Statistical return of the lunatic asylum in Assam - 1912-1932
Year: 1912
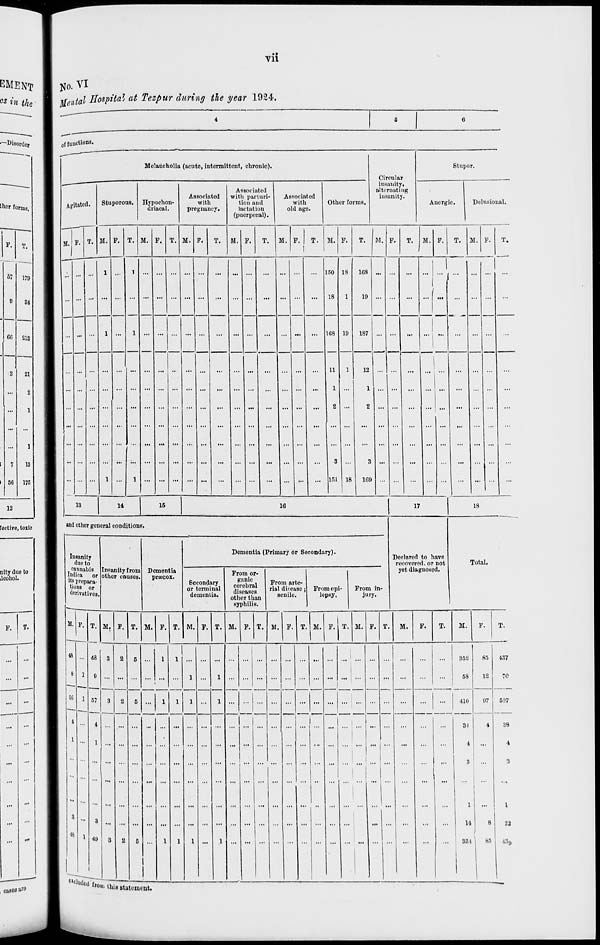
vii
city due to
lcohol.
F. T.
•M
No. VI
Mental Hospital at Tczpur during the year 1924.
0 f functions.
~——
Mclancholiu (acute, intermittent, clironic).
Stupor.
Circulor
insanity,
alternating
insanity.
ml.
Agitated.
Stuporous. Hypochon-
driacal.
Associated
with
pregnancy.
Associated
witli parturi-
tion and
lactation
(puerperal).
Associated
with
old age.
Other forms.
Anergic.
Delusioi
M. F. T. M. F. T. M. F. T. M. F.
T.
M. F.
T.
M. F.
T. M. F
T.
M. F.
T.
M. F.
T. M. F.
T.
... ...
1
...
1
... ... ...
...
...
...
...
...
...
_
150 11
18
»
168
1
10
... ...
...
'
1
'"I ... ... ... ...
...
1 ...
1 ... ...
... ...
...
... ...
...
... 168 1 3
187 ... ...
...
i
...
... ...
...
i
... ...
... ...
...
...
...
...
...
...
...
...
...
...
11
1 .
8 .
3
1
12
1
2
3
... ...
...
1
...
...
...
...
... ... ...
1
...
1 ... ... ... ... ...
...
... ...
...
...
... 151 18
169 ... ...
...
...
...
...
"
...
13
14
15
16
17
18
and othor general conditions.
Insanity
due to
cannabis
ludica or
its prepara-
tions or
derivatives
Insanity from
other causes
Dementia
pnocox.
Dementia (Primary or Socondary).
Declared to have
recovered, or not
yet dlagnosod.
Total,
Secondary
or terminal
dementia.
From or-
ganic
cerebral
diseases
other thai
From arte-
rial disease;
senile.
From epi-
lepsy.
From in-
jury.
syp hilis.
M.
•IS
M, F. T. M. F. T. M.
M.
1 1
eitlu^i r^8 8ta ;™
T. M.
T. M.
T. M. F.
M.
F.
T.
M.
F.
T.
... ,
352
53
410
34
1
3
85
12
97
1
14
351
437
70
507
38
4
3
85
I
«9